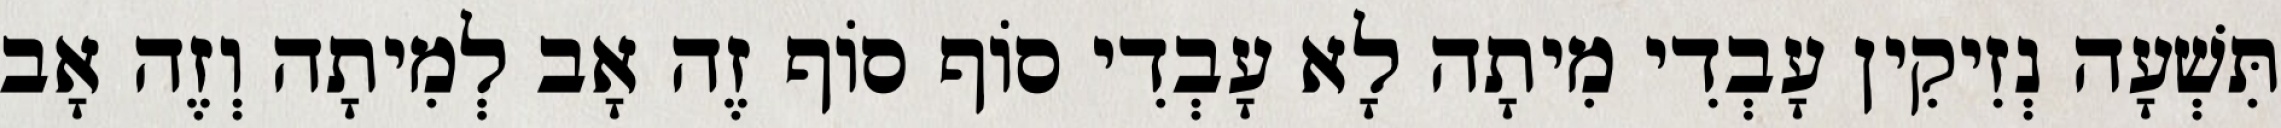
תִּשְׁעָה נְזִיקִין עָבְדִי מִיתָה לָא עָבְדִי סוֹף סוֹף זֶה אָב לְמִיתָה וְזֶה אָב